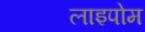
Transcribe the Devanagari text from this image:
लाइपोम